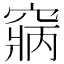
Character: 𥧃